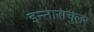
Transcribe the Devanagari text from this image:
इन्ताराचुलर